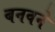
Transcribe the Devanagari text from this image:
बनवने